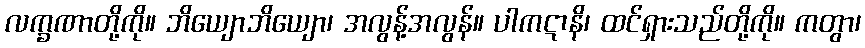
လက္ခဏာတို့ကို။ ဘိယျောဘိယျော၊ အလွန့်အလွန်။ ပါကဋာနိ၊ ထင်ရှားသည်တို့ကို။ ကတွာ၊